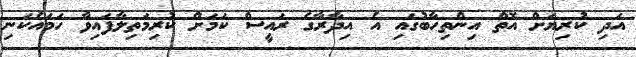
އަދި ކުރިޔަށް އޮތް އިންތިހާބުގައި އެ އިދާރާގެ ރައީސް ކަމަށް ކުރިމަތިލާފައިވާ ހަމައެކަނި